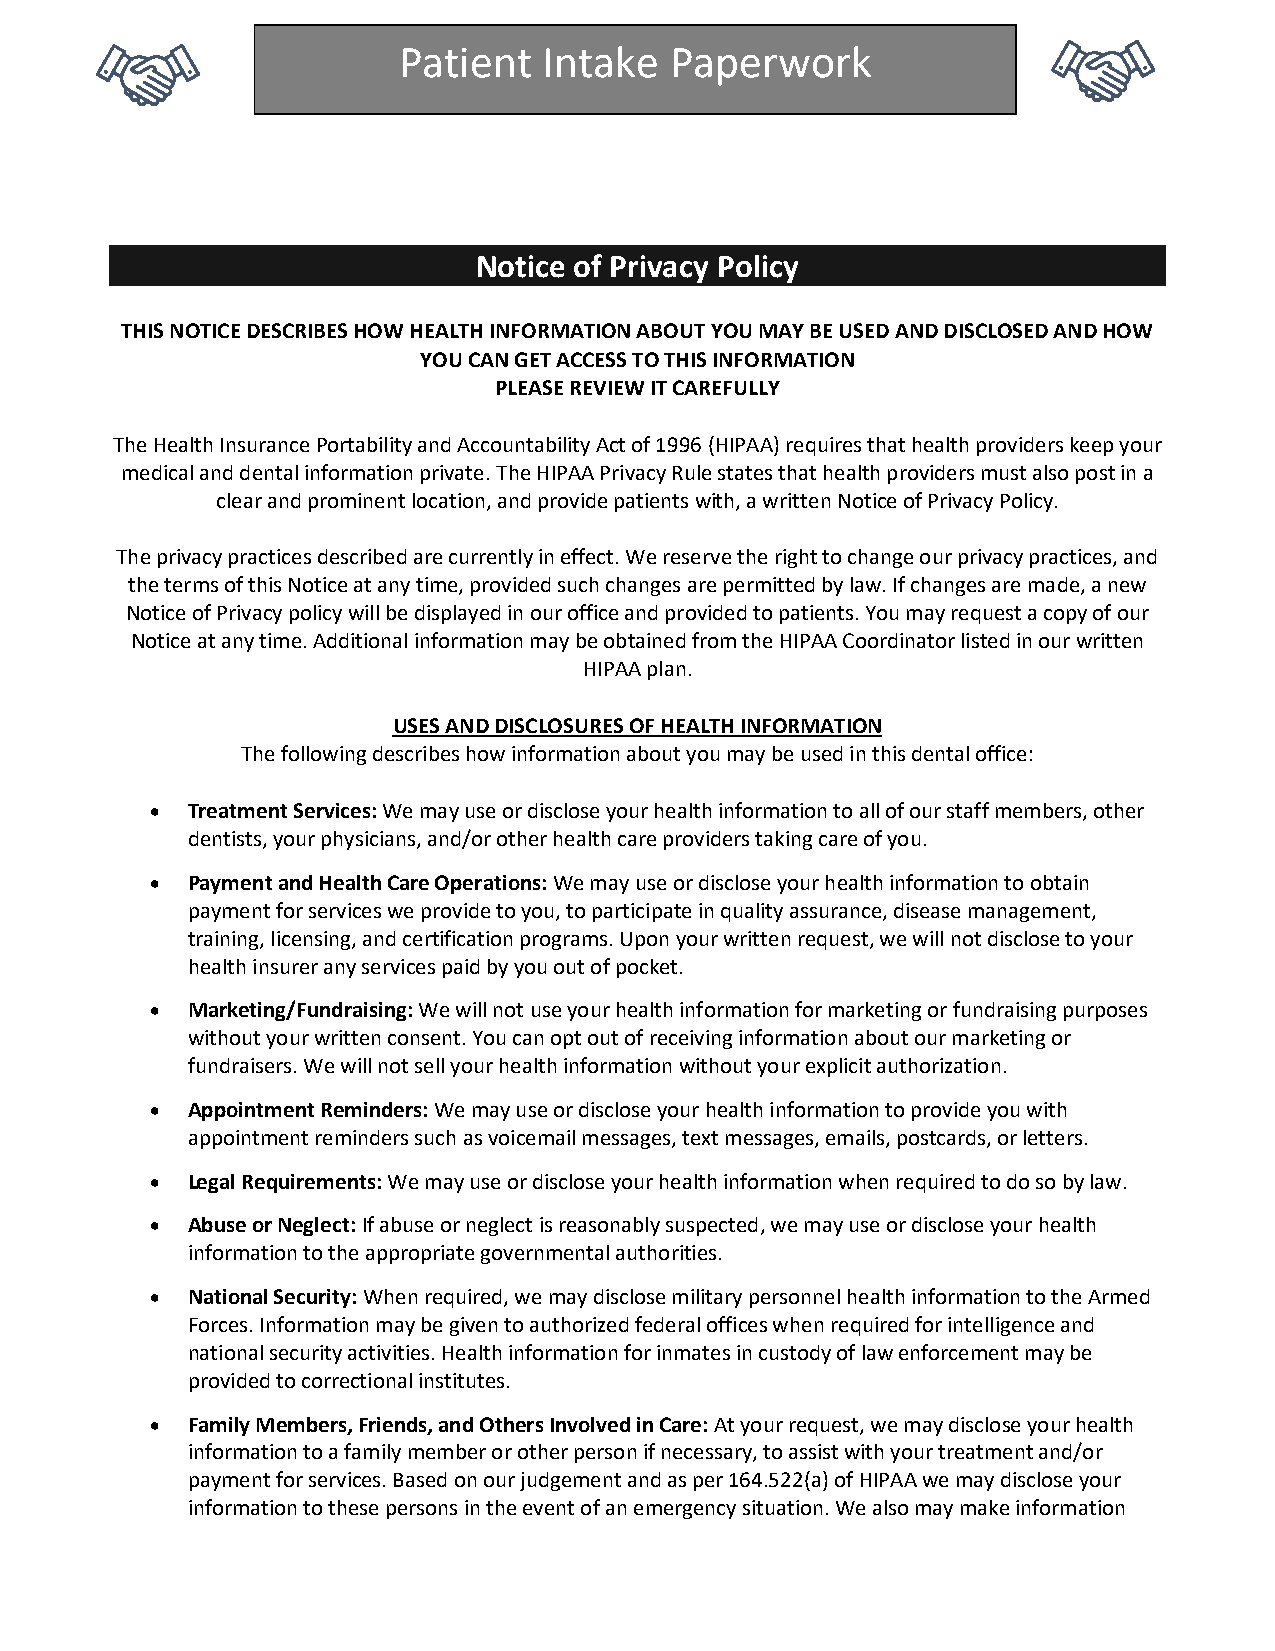
Patient   Intake  Paperwork
 Notice of Privacy Policy
 THIS NOTICE DESCRIBES HOW HEALTH INFORMATION ABOUT YOU MAY BE USED AND DISCLOSED AND HOW
 YOU CAN GET ACCESS TO THIS INFORMATION
 PLEASE REVIEW IT CAREFULLY
 The Health Insurance Portability and Accountability Act of 1996 (HIPAA) requires that health providers keep your
 medical and dental information private. The HIPAA Privacy Rule states that health providers must also post in a
 clear and prominent location, and provide patients with, a written Notice of Privacy Policy.
 The privacy practices described are currently in effect. We reserve the right to change our privacy practices, and
 the terms of this Notice at any time, provided such changes are permitted by law. If changes are made, a new
 Notice of Privacy policy will be displayed in our office and provided to patients. You may request a copy of our
 Notice at any time. Additional information may be obtained from the HIPAA Coordinator listed in our written
 HIPAA plan.
 USES AND DISCLOSURES OF HEALTH INFORMATION
 The following describes how information about you may be used in this dental office:
 • Treatment Services: We may use or disclose your health information to all of our staff members, other
 dentists, your physicians, and/or other health care providers taking care of you.
 • Payment and Health Care Operations: We may use or disclose your health information to obtain
 payment for services we provide to you, to participate in quality assurance, disease management,
 training, licensing, and certification programs. Upon your written request, we will not disclose to your
 health insurer any services paid by you out of pocket.
 • Marketing/Fundraising: We will not use your health information for marketing or fundraising purposes
 without your written consent. You can opt out of receiving information about our marketing or
 fundraisers. We will not sell your health information without your explicit authorization.
 • Appointment Reminders: We may use or disclose your health information to provide you with
 appointment reminders such as voicemail messages, text messages, emails, postcards, or letters.
 • Legal Requirements: We may use or disclose your health information when required to do so by law.
 • Abuse or Neglect: If abuse or neglect is reasonably suspected, we may use or disclose your health
 information to the appropriate governmental authorities.
 • National Security: When required, we may disclose military personnel health information to the Armed
 Forces. Information may be given to authorized federal offices when required for intelligence and
 national security activities. Health information for inmates in custody of law enforcement may be
 provided to correctional institutes.
 • Family Members, Friends, and Others Involved in Care: At your request, we may disclose your health
 information to a family member or other person if necessary, to assist with your treatment and/or
 payment for services. Based on our judgement and as per 164.522(a) of HIPAA we may disclose your
 information to these persons in the event of an emergency situation. We also may make information